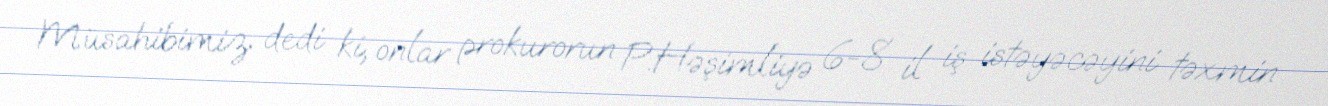
Müsahibimiz dedi ki, onlar prokurorun P.Həşimliyə 6-8 il iş istəyəcəyini təxmin